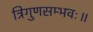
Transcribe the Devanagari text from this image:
त्रिगुणसम्भवः॥